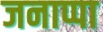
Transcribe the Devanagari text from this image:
जनाप्पा